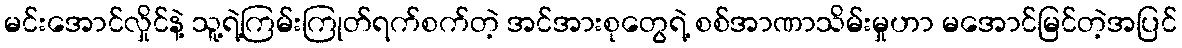
မင်းအောင်လှိုင်နဲ့ သူ့ရဲ့ကြမ်းကြုတ်ရက်စက်တဲ့ အင်အားစုတွေရဲ့ စစ်အာဏာသိမ်းမှုဟာ မအောင်မြင်တဲ့အပြင်